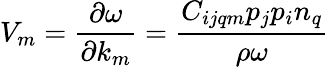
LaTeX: V_{m}=\frac{\partial\omega}{\partial k_{m}}=\frac{C_{ijqm}p_{j}p_{i}n_{q}}{\rho\omega}